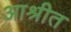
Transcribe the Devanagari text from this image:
आश्रीत